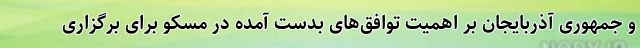
و جمهوری آذربایجان بر اهمیت توافق‌های بدست آمده در مسکو برای برگزاری